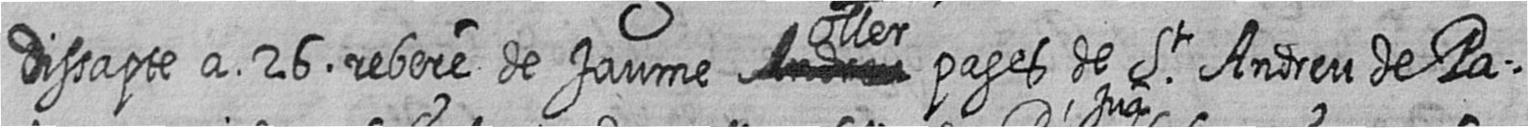
dissapte a 26 rebere de Jaume # Oller pages de St Andreu de Pa=